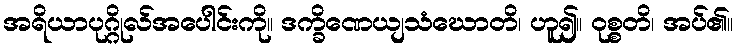
အရိယာပုဂ္ဂိုလ်အပေါင်းကို။ ဒက္ခိဏေယျသံဃောတိ၊ ဟူ၍။ ဝုစ္စတိ၊ အပ်၏။